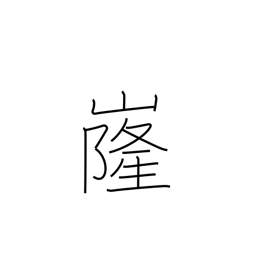
Meaning: shape of a mountain